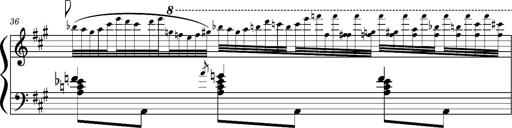
Title: Concerto sans orchestre, S.524a
Composer: Franz Liszt
Key: A major